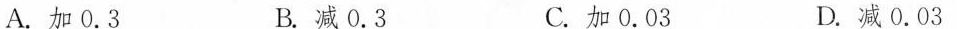
A.加0.3 B.减0.3 C.加0.03 D.减0.03